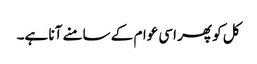
کل کو پھر اسی عوام کے سامنے آنا ہے۔